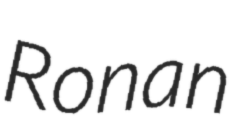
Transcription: Ronan